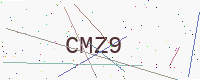
Text: CMZ9